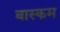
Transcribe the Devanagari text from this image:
बास्कम